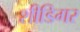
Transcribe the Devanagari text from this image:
शीडिगर